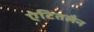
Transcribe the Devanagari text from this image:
ऐटितलैन